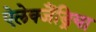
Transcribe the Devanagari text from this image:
ऐलेक्जैंड्रिया